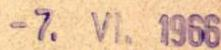
-7. V1. 1966